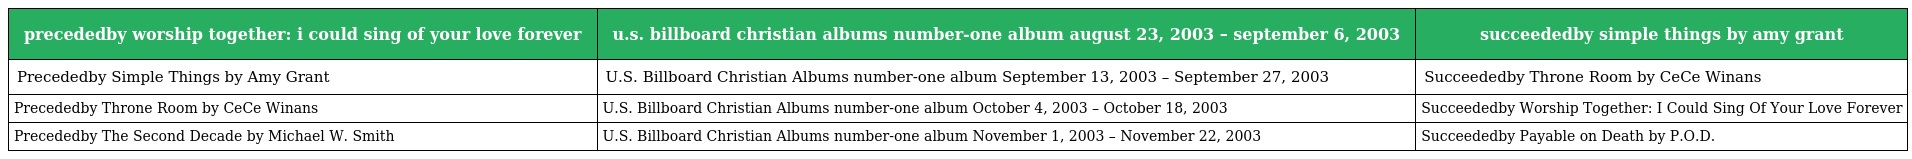
| precededby worship together: i could sing of your love forever | u.s. billboard christian albums number-one album august 23, 2003 – september 6, 2003 | succeededby simple things by amy grant |
 | --- | --- | --- |
 | Precededby Simple Things by Amy Grant | U.S. Billboard Christian Albums number-one album September 13, 2003 – September 27, 2003 | Succeededby Throne Room by CeCe Winans |
 | Precededby Throne Room by CeCe Winans | U.S. Billboard Christian Albums number-one album October 4, 2003 – October 18, 2003 | Succeededby Worship Together: I Could Sing Of Your Love Forever |
 | Precededby The Second Decade by Michael W. Smith | U.S. Billboard Christian Albums number-one album November 1, 2003 – November 22, 2003 | Succeededby Payable on Death by P.O.D. |